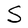
Character: S